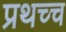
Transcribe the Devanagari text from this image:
प्रथच्च